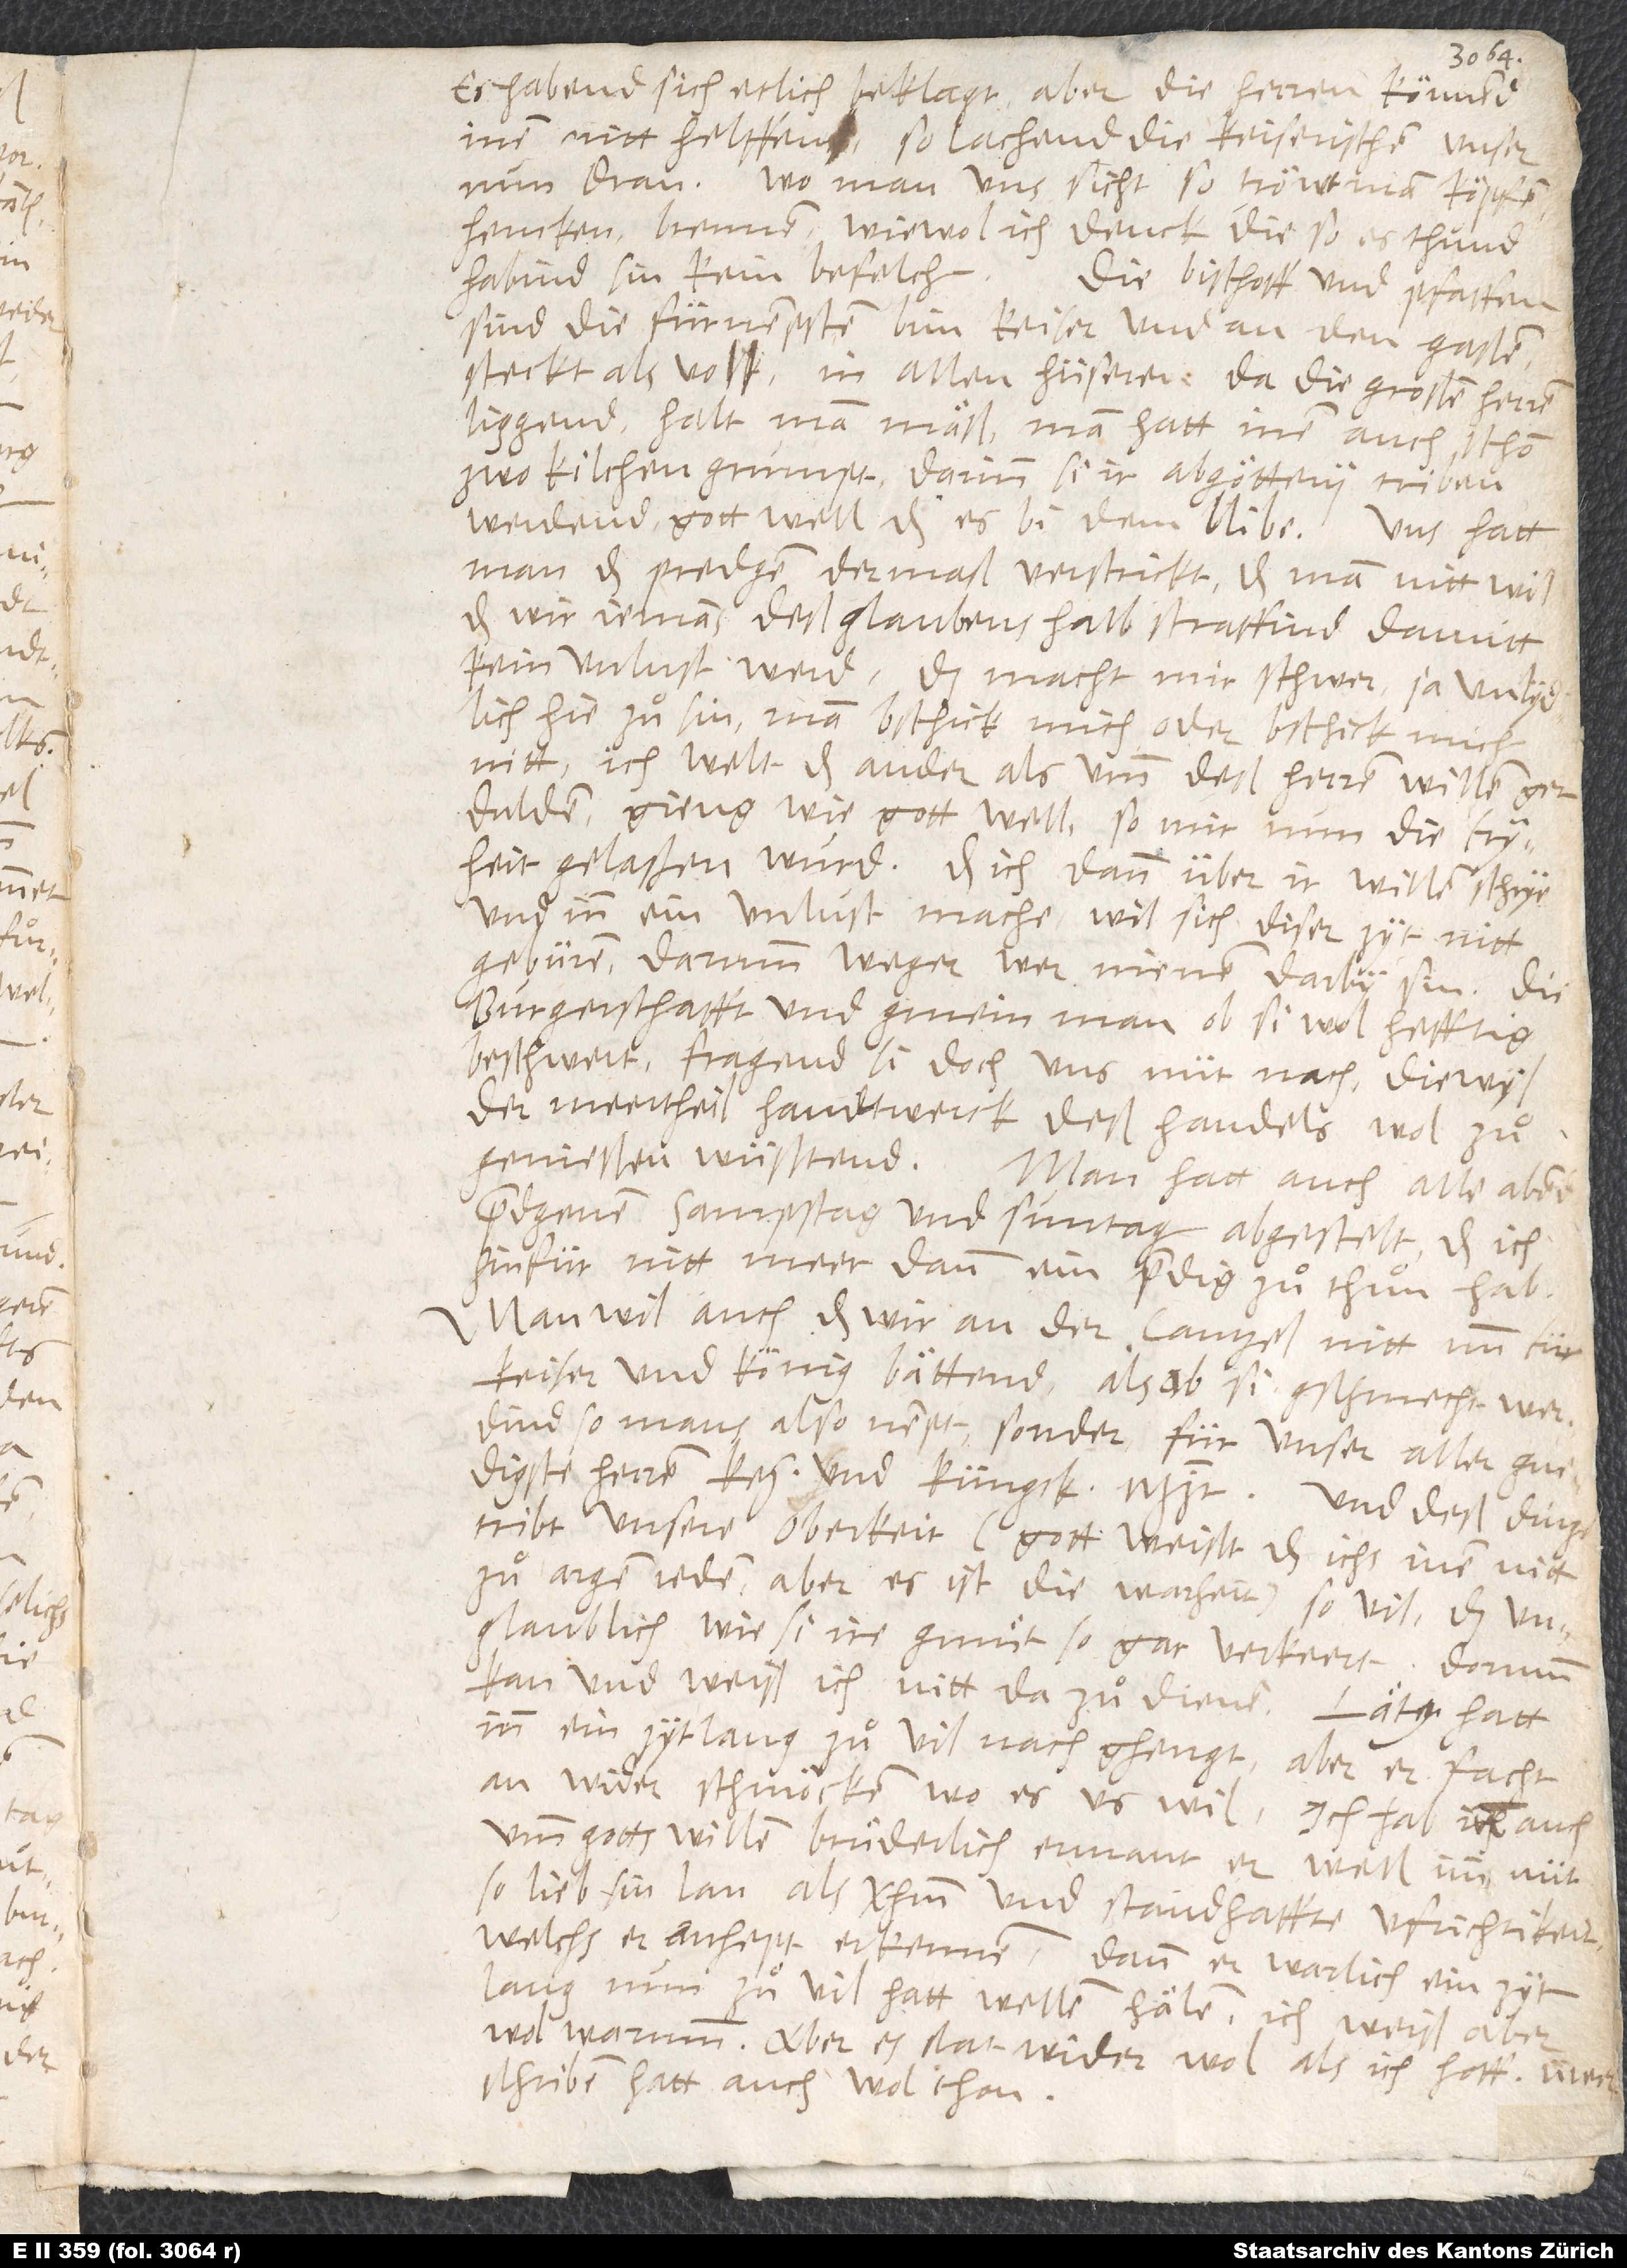
Es habend sich etlich beklagt, aber die herren könnend
inen nitt helffen. So lachend die keiserischen unser
nun dran. Wo man uns sicht, so tröwt man köpfen,
hencken, brennen, wiewol ich denck, die, so es thuͦnd,
habind sin kein befelch. Die bischoff und pfaffen
sind die fürnempsten bim keiser, und an den gaßen
steckt als volk. In allen hüseren, da die großen herren
liggend, halt man mäß. Man hatt inen auch schon
zwo kilchen grumpt, darin si ir abgöttery triben
werdend. Gott well, das es bi dem blibe! Uns hat
man das predgen dermaß verstrickt, das man nitt wil,
das wir jemans deß glaubens halb straffind, damitt
kein unlust werd. Das macht mir schwer, ja unlydlich,
hie zuͦ sin, man bschick mich oder bschick mich
nitt. Ich welt das ander als umb deß herren willen gern
dulden, gieng, wie gott well, so mir nun die fryheit
gelaßen wurd. Das ich dann über ir willen schrye
und inn ein unlust mache, wil sich diser zyt nitt
gebüren. Darumb weger wer, nienen darby sin. Die
burgerschafft und gmein man, ob si wol hefftig
beschwert, fragend si doch uns nüt nach, diewyl
der meertheil handtwerck deß handels wol zuͦ
genießen wüßtend. Man hatt auch alle abendpredgenen
sampstag und suntag abgestelt, das ich
hinfür nitt meer dann ein predig zuͦ thuͦn hab.
Man wil auch, das wir an der cantzel nitt nun für
keiser und könig bättend (als ob si gschmecht werdind,
so mans also nempt), sonder für unser allergnedigste
herren kei. und küngck mjt. Und deß dings
tribt unsere oberkeit (gott weißt, das ichs inen nitt
zuͦ argem reden, aber es ist die warheit) so vil, das
unglaublich, wie si ire gmuͤt so gar verkeert! Dorumb
kan und weiß ich nitt da zuͦ dienen. Laetus hatt
inn ein zytlang zuͦ vil nachghengt, aber er facht
an, wider schmöcken, wo es us wil. Ich hab inn auch
umb gotts willen bruͤderlich ermant, er well imm nüt
so lieb sin lan als Christum und standhaffte ufrichtikeit;
welchs er anhept erkennen, dann er warlich ein zytlang
nun zuͦ vil hatt wellen hälen. Ich weiß aber
wol warumb; aber es stat wider wol, als ich hoff. Üwer
schriben hatt auch wol thon.